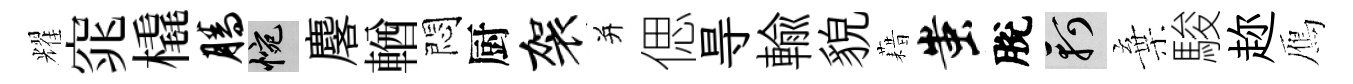
耀窕橇腾惋麐輶悶厨袈并偲㝵輸貌藉蚩脫軻棄駿趂鴈